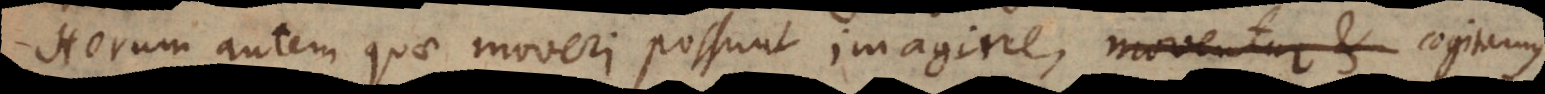
Horum autem quae moveri possunt imagine, moventur et cogitamus